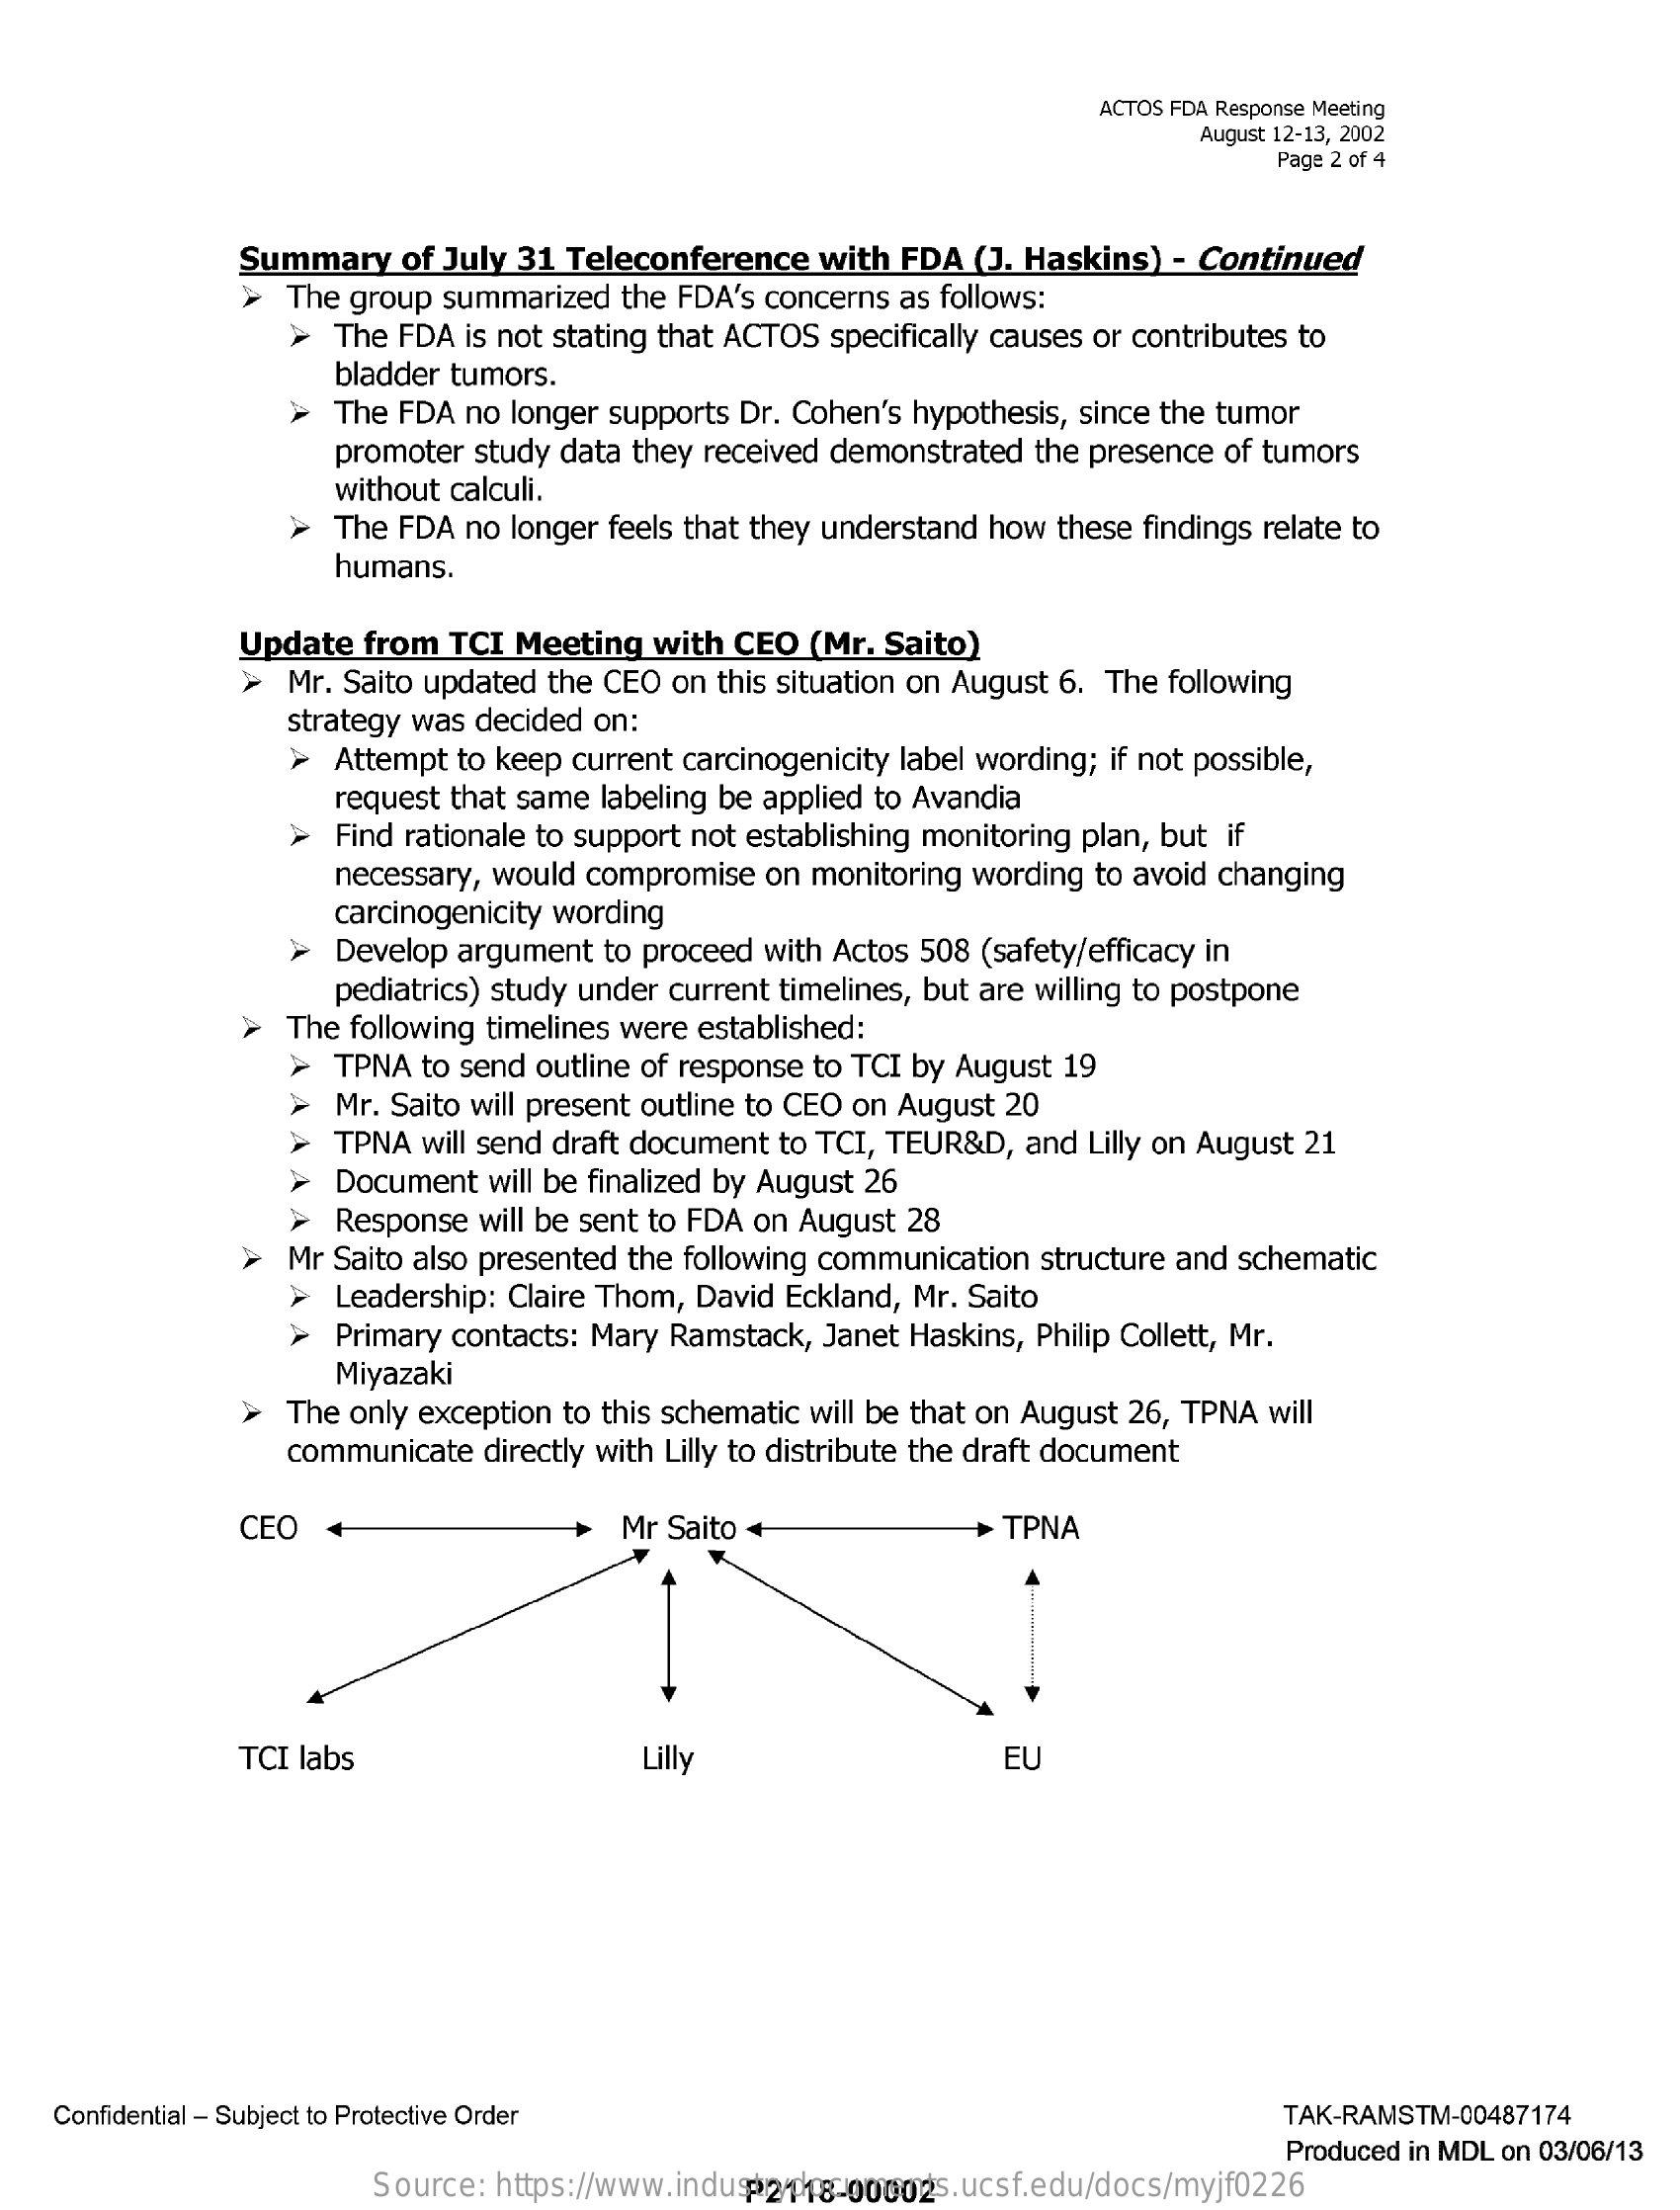
ACTOS FDA Response Meeting
     August 12-13, 2002
     Page 2 of 4
     Summary    of July  31  Teleconference    with  FDA  (J. Haskins)   - Continued
     The group  summarized    the FDA's concerns   as follows:
     >  The  FDA  is not stating that ACTOS   specifically causes or contributes to
     bladder tumors.
     >  The  FDA  no longer  supports Dr.  Cohen's hypothesis,  since the tumor
     promoter   study data  they received demonstrated    the presence  of tumors
     without  calculi.
     The FDA  no longer  feels that they understand  how  these  findings relate to
     humans.
     Update   from   TCI  Meeting   with  CEO   (Mr.  Saito)
     >  Mr.  Saito updated  the CEO  on  this situation on August  6. The  following
     strategy was  decided  on:
     >  Attempt  to keep  current carcinogenicity label wording;  if not possible,
     request  that same  labeling be applied  to Avandia
     >  Find rationale to support  not establishing monitoring  plan, but  if
     necessary,  would  compromise    on monitoring  wording  to avoid  changing
     carcinogenicity wording
     >  Develop  argument   to proceed  with  Actos 508  (safety/efficacy in
     pediatrics) study under  current  timelines, but are willing to postpone
     >   The following  timelines were established:
     >  TPNA  to send  outline of response  to TCI by  August  19
     Mr. Saito will present outline to CEO on August   20
     TPNA  will send draft document   to TCI, TEUR&D,   and  Lilly on August 21
     Document    will be finalized by August 26
     >  Response   will be sent to FDA  on August  28
     > Mr  Saito also presented  the following  communication   structure and  schematic
     Leadership:  Claire Thom,  David  Eckland,  Mr. Saito
     Primary  contacts: Mary  Ramstack,   Janet Haskins,  Philip Collett, Mr.
     Miyazaki
     >   The only exception  to this schematic  will be that on August  26, TPNA  will
     communicate   directly with Lilly to distribute the draft document
     CEO    Mr Saito +    > TPNA
     TCI labs    Lilly    EU
    Confidential - Subject to Protective Order    TAK-RAMSTM-00487174
     Produced in MDL on 03/06/13
     Source:  https://www.industrydocuments.ucsf.edu/docs/myjf0226 P2118-00002